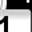
Digit: 1